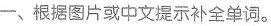
一、根据图片或中文提示补全单词。